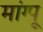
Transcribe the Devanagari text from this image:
मांग्पू